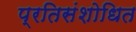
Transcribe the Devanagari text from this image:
प्रतिसंशोधित